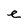
Character: e